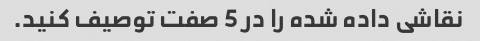
نقاشی داده شده را در 5 صفت توصیف کنید.